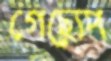
গেছ্যেপ